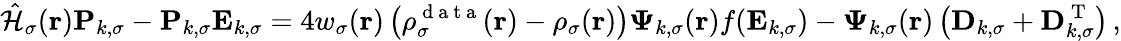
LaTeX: \hat{\mathcal{{H}}}_{\sigma}(\boldsymbol{\textbf{r}})\mathbf{P}_{k,\sigma}-\mathbf{P}_{k,\sigma}\mathbf{E}_{k,\sigma}=4w_{\sigma}(\boldsymbol{\textbf{r}})\left(\rho_{\sigma}^{\mathrm{~d~a~t~a~}}(\boldsymbol{\textbf{r}})-\rho_{\sigma}(\boldsymbol{\textbf{r}})\right)\boldsymbol{\Psi}_{k,\sigma}(\boldsymbol{\textbf{r}})f(\mathbf{E}_{k,\sigma})-\boldsymbol{\Psi}_{k,\sigma}(\boldsymbol{\textbf{r}})\left(\mathbf{D}_{k,\sigma}+\mathbf{D}_{k,\sigma}^{\mathrm{~T~}}\right)\, ,